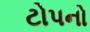
ટોપનો